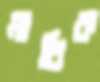
মাথিক